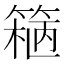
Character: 𬕢